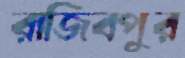
রাজিবপুর